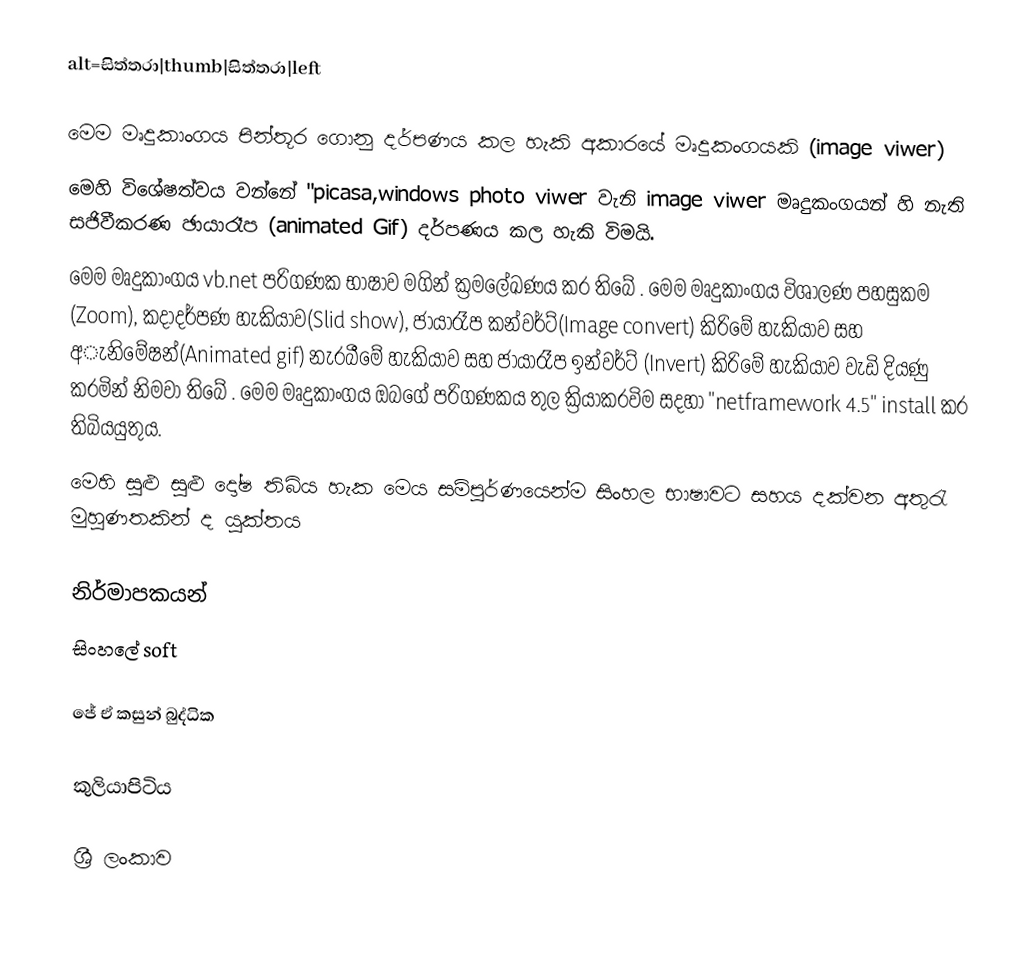
alt=සිත්තරා|thumb|සිත්තරා|left

මෙම මෘදුකාංගය පින්තූර ගොනු දර්පණය කල හැකි අකාරයේ මෘදුකංගයකි (image viwer)
මෙහි විශේෂත්වය වන්නේ "picasa,windows photo viwer වැනි  image viwer මෘදුකංගයන් හි නැති සජිවීකරණ ඡායාරෑප (animated Gif) දර්පණය  කල හැකි විමයි.
මෙම මෘදුකාංගය vb.net පරිගණක භාෂාව මගින් ක්‍රමලේඛණය කර තිබේ . මෙම මෘදුකාංගය විශාලණ පහසුකම (Zoom), කදාදර්පණ හැකියාව(Slid show), ජායාරෑප කන්වර්ට්(Image convert) කිරිමේ හැකියාව සහ අැනිමේෂන්(Animated gif) නැරබීමේ හැකියාව සහ  ජායාරෑප ඉන්වර්ට් (Invert) කිරිමේ හැකියාව වැඩි දියණු කරමින් නිමවා තිබේ . මෙම මෘදුකාංගය ඔබගේ පරිගණකය තුල ක්‍රියාකරවිම සදහා "netframework 4.5" install කර තිබියයුතුය.
මෙහි සුළු සුළු දෝෂ තිබිය හැක මෙය සම්පුර්ණයෙන්ම සිංහල භාෂාවට සහය දක්වන අතුරැ මුහුණතකින් ද යුක්තය

නිර්මාපකයන්
සිංහලේ soft

ජේ ඒ කසුන් බුද්ධික

කුලියාපිටිය

ශ්‍රී ලංකාව